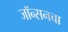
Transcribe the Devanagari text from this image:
जॉन्सनचा